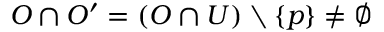
O \cap O ^ { \prime } = ( O \cap U ) \setminus \{ p \} \neq \emptyset